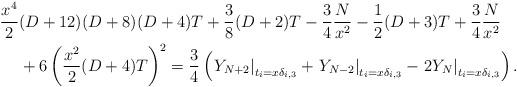
LaTeX: \begin{align*}\frac{x^4}{2} & (D+12) (D+8)(D+4)T + \frac{3}{8}(D+2)T - \frac{3}{4}\frac{N}{x^2} - \frac{1}{2}(D+3)T + \frac{3}{4}\frac{N}{x^2} \\ & + 6\left( \frac{x^2}{2}(D+4)T \right)^2 = \frac{3}{4} \left( \left. Y_{N+2} \right|_{t_i = x\delta_{i,3}} + \left. Y_{N-2} \right|_{t_i = x\delta_{i,3}} - \left. 2Y_N \right|_{t_i = x\delta_{i,3}} \right).\end{align*}